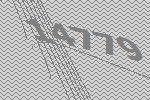
14779